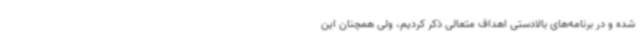
شده و در برنامه‌های بالادستی اهداف متعالی ذکر کردیم، ولی همچنان این